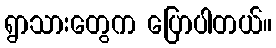
ရွာသားတွေက ပြောပါတယ်။